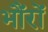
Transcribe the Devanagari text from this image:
भौंरों